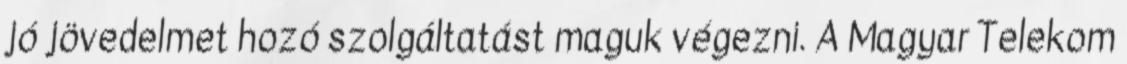
jó jövedelmet hozó szolgáltatást maguk végezni. A Magyar Telekom